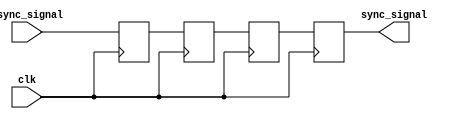
module triple_ff_synchronizer (
    input wire async_signal,  // Input signal from asynchronous clock domain
    input wire clk,           // Clock signal of the destination clock domain
    output reg sync_signal     // Synchronized output signal
);

// Internal signals to hold intermediate states
reg ff1, ff2, ff3;

// D flip-flop behavior for synchronization
always @(posedge clk) begin
    ff1 <= async_signal;  // First flip-flop samples the asynchronous input
    ff2 <= ff1;           // Second flip-flop samples the output of the first
    ff3 <= ff2;           // Third flip-flop samples the output of the second
end

// The output is taken from the last flip-flop
always @(posedge clk) begin
    sync_signal <= ff3;    // Synchronized output signal
end

endmodule